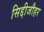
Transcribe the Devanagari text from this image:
सिद्दीजौहर